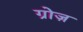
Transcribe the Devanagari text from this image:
ग्रोज़